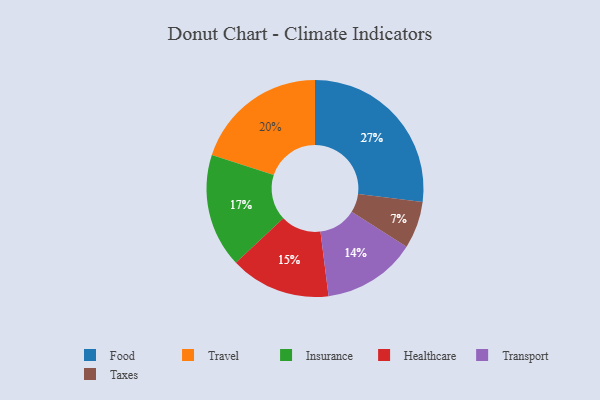
{"axis": {"x": "Category", "y": "Percentage"}, "legend": ["Food", "Healthcare", "Insurance", "Taxes", "Transport", "Travel"], "data": [{"x": "Travel", "y": 20, "type": "Travel"}, {"x": "Insurance", "y": 17, "type": "Insurance"}, {"x": "Healthcare", "y": 15, "type": "Healthcare"}, {"x": "Taxes", "y": 7, "type": "Taxes"}, {"x": "Transport", "y": 14, "type": "Transport"}, {"x": "Food", "y": 27, "type": "Food"}]}